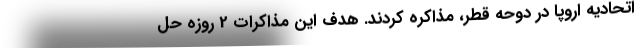
اتحادیه اروپا در دوحه قطر، مذاکره کردند. هدف این مذاکرات 2 روزه حل